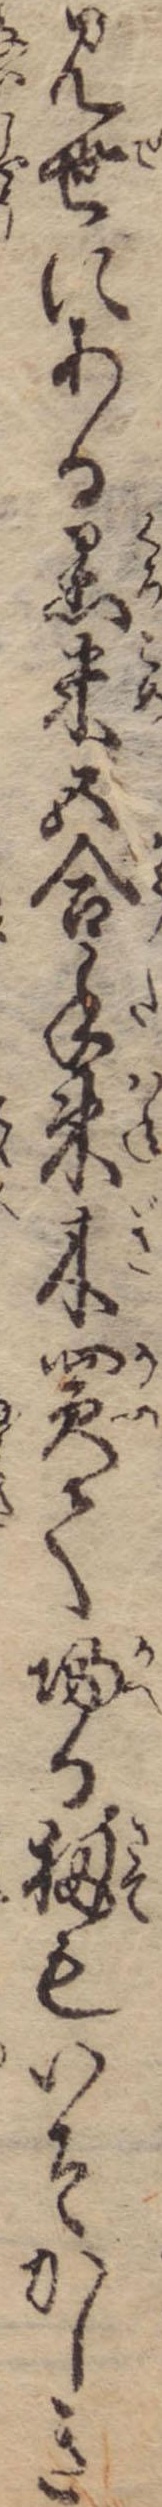
見世にある黒米五合手束木買て帰る扨もいそかしき